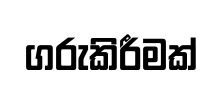
ගරුකිරීමක්